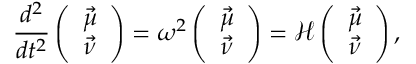
\frac { d ^ { 2 } } { d t ^ { 2 } } \left( \begin{array} { c } { \vec { \mu } } \\ { \vec { \nu } } \end{array} \right) = \omega ^ { 2 } \left( \begin{array} { c } { \vec { \mu } } \\ { \vec { \nu } } \end{array} \right) = \mathcal { H } \left( \begin{array} { c } { \vec { \mu } } \\ { \vec { \nu } } \end{array} \right) ,